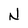
Character: N